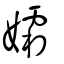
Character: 孀